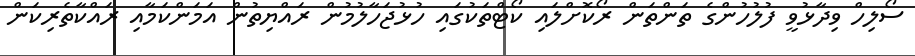
ސޯލިހް ވިދާޅުވީ ފުލުހުންގެ ތަންތަން ރޯކޮށްލައި ކޯޓްތަކުގައި ހުޅުޖަހާލުމުން ރައްޔިތުން އަމަންކަމާއި ރައްކާތެރިކަން